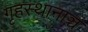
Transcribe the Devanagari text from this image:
गृहस्थानाञ्च